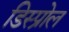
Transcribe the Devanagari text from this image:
डिस्प्रोल